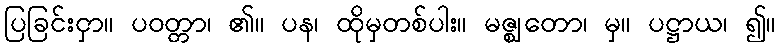
ပြခြင်းငှာ။ ပဝတ္တာ၊ ၏။ ပန၊ ထိုမှတစ်ပါး။ မဇ္ဈတော၊ မှ။ ပဋ္ဌာယ၊ ၍။